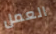
العمل